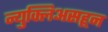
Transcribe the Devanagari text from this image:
न्युक्लिअसहून